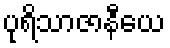
ပုရိသာဇာနီယေ